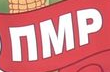
nMP